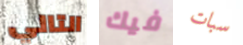
التالي فيك سبات